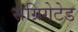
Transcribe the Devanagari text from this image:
सेग्रिगेटेड